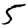
Digit: 5